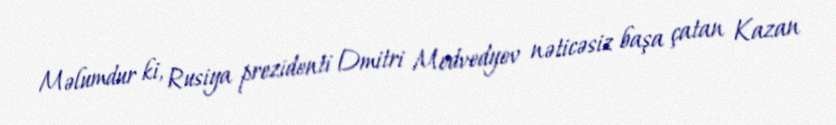
Məlumdur ki, Rusiya prezidenti Dmitri Medvedyev nəticəsiz başa çatan Kazan